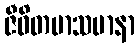
ဇီဝိတမာသမာနာ